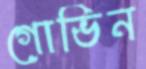
গোভিন